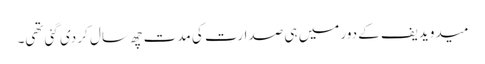
میدویدیف کے دور میں ہی صدارت کی مدت چھ سال کر دی گئی تھی۔